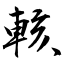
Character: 輆